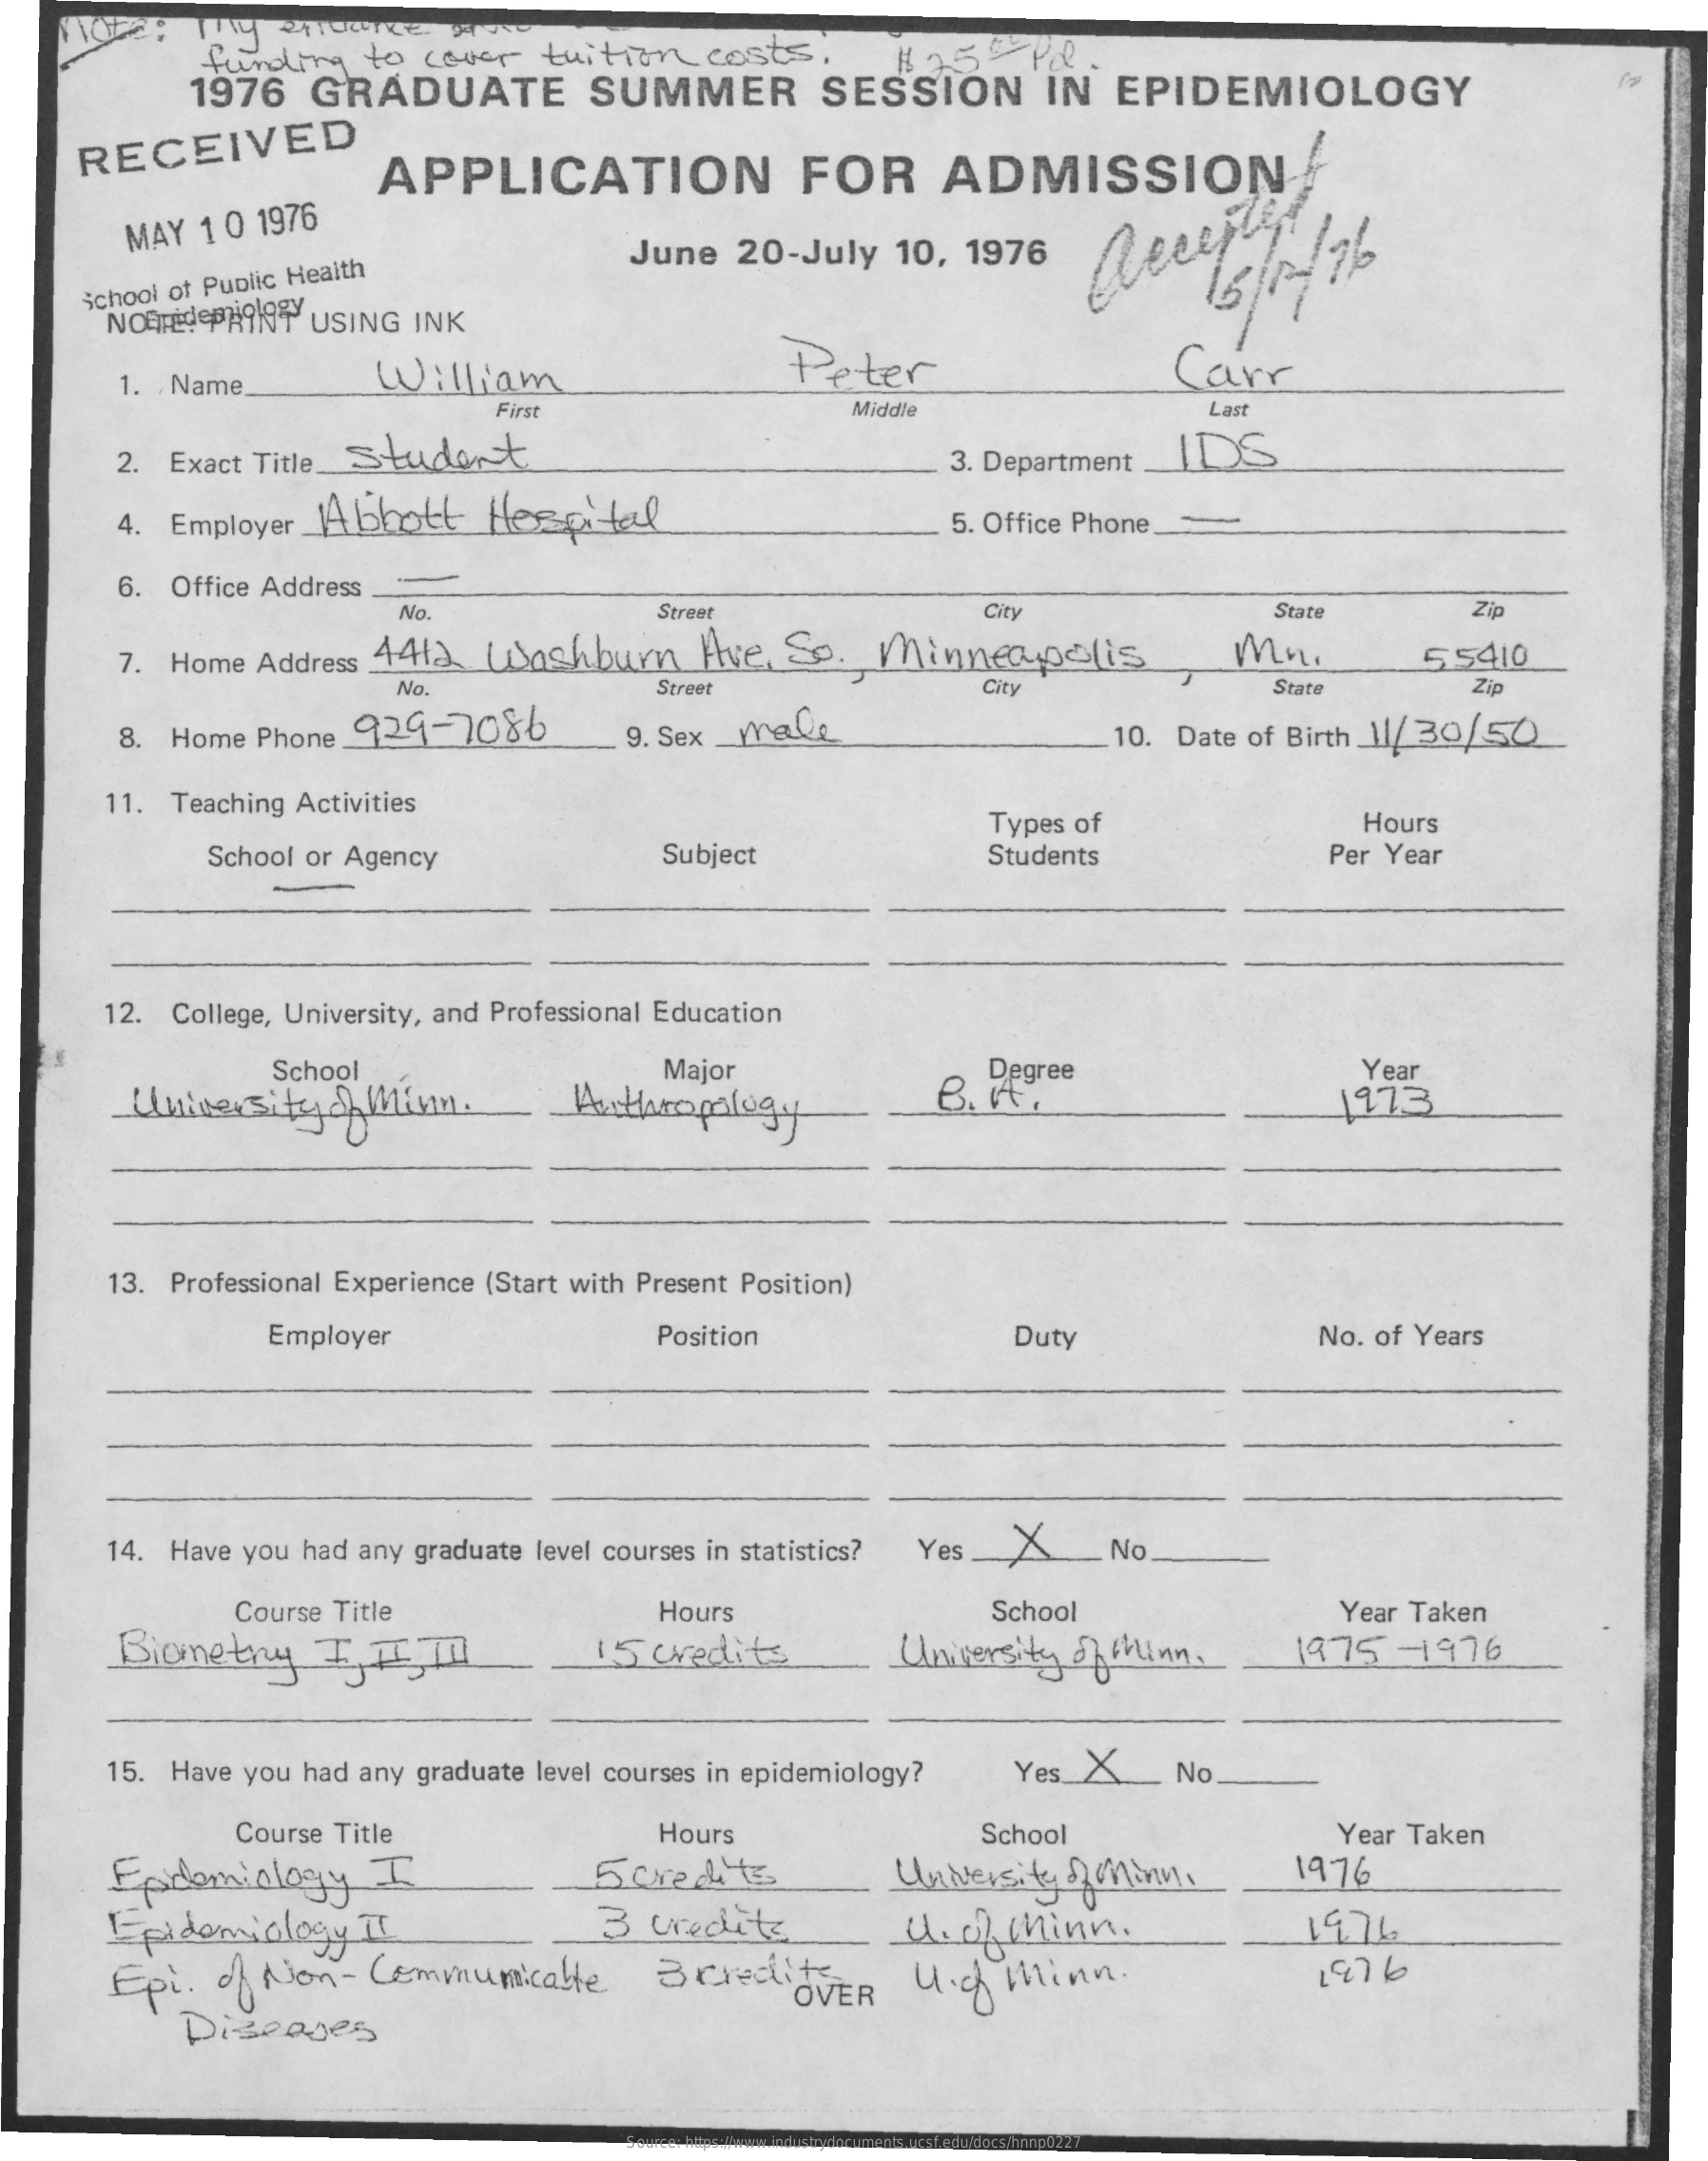
funding  to cover  tuition  costs.
     1976  GRADUATE    SUMMER    SESSION    IN  EPIDEMIOLOGY
     1255Pd.
     RECEIVED    APPLICATION    FOR    ADMISSION
     MAY 10 1976
     June  20-July 10, 1976
     school of Public Health
     NORTEdePANT USING INK
     15/5/ 76
     1. Name.    William    Peter    Carr
     First    Middle    Last
     2. Exact Title_ Student    3. Department IDS
     4. Employer Abbott  Hespital    5. Office Phone.
     6. Office Address
     No.    Street    City    State    Zip
     7. Home Address 4412. Washburn Ave. So.  Minneapolis    Mr.
     City
     55410
     No.    Street    Stat    Zip
     8. Home Phone 929-7086    9. Sex _yrale    10. Date of Birth_11/30/50
     11. Teaching Activities
     Types of    Hours
     School or Agency    Subject    Students    Per Year
     12. College, University, and Professional Education
     School
     University of Minin .
     Major
     Anthropology
     Degree
     B. A.
     Year
     1973
     13. Professional Experience (Start with Present Position)
     Employer    Position    Duty    No. of Years
     14. Have you had any graduate level courses in statistics? Yes X No
     Course Title
     Biometry    I, II,III
     Hours    School    Year Taken
     15 credits    University of Minn .  1975  -1976
     15. Have you had any graduate level courses in epidemiology? Yes_X __ No.
     Course Title    Hours    School    Year Taken
     Epidemiology   I    5credits    4 2 minn. University of 1976
     I pidemiology II    3 credits    U.o/  minn  .    1974
     Epi.  of Non- Communicable    3credits
     Diseases
     OVER  Ugh  Minn.    1976
     Source: https://www.industrydocuments.ucsf.edu/docs/hnnp0227